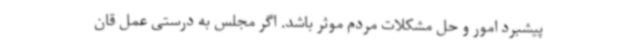
پیشبرد امور و حل مشکلات مردم موثر باشد. اگر مجلس به درستی عمل قان